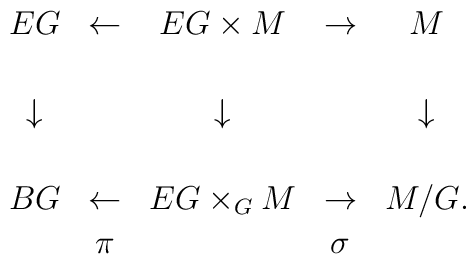
\begin{array}{ccccc}  EG & \leftarrow & EG\times M & \rightarrow & M \\[.6cm]  \downarrow & & \downarrow & &\downarrow \\[.6cm]  BG & \leftarrow & EG \times_{G} M & \rightarrow & M/G. \\[.05cm]  & \pi & & \sigma &\end{array}